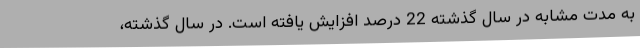
به مدت مشابه در سال گذشته 22 درصد افزایش یافته است. در سال گذشته،